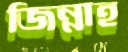
জিন্নাহ